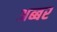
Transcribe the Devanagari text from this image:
अब्बर